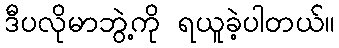
ဒီပလိုမာဘွဲ့ကို ရယူခဲ့ပါတယ်။